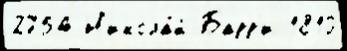
2754 Н'икола́й Барр'и 1810